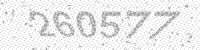
Solution: 260577